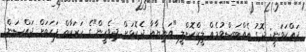
ދައްކަވަނީ: ދޮގު އެއްބަސްވުމެއް ލީކްކޮށްލީ "އަނިޔާއާ ދެކޮޅަށް ދިވެހީން"ގެ ހަރަކާތް ފަހަތަށް ޖައްސަން